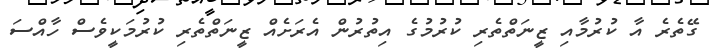
ގޭތެރެ އާ ކުރުމާއި ޒީނަތްތެރި ކުރުމުގެ އިތުރުން އެރަށެއް ޒީނަތްތެރި ކުރުމަކީވެސް ހާއްސަ